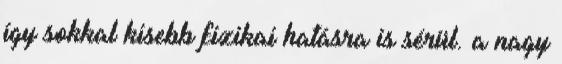
így sokkal kisebb fizikai hatásra is sérül. a nagy